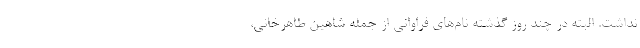
نداشت. البته در چند روز گذشته نام‌های فراوانی از جمله شاهین طاهرخانی،